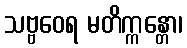
သဗ္ဗဝေရ မတိက္ကန္တော၊